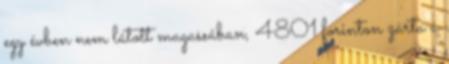
egy évben nem látott magassában, 4801 forinton zárta a